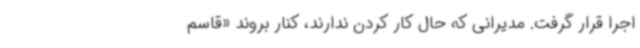
اجرا قرار گرفت. مدیرانی که حال کار کردن ندارند، کنار بروند «قاسم